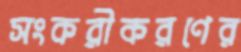
সংকরীকরণের